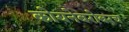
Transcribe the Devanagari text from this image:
कोयनेबरोबरच